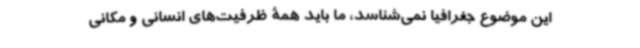
این موضوع جغرافیا نمی‌شناسد، ما باید همۀ ظرفیت‌های انسانی و مکانی